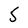
Character: 5